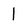
Character: 1